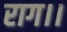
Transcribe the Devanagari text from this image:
राग।।